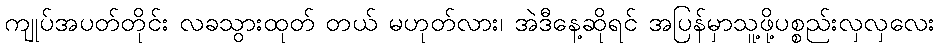
ကျုပ်အပတ်တိုင်း လခသွားထုတ် တယ် မဟုတ်လား၊ အဲဒီနေ့ဆိုရင် အပြန်မှာသူ့ဖို့ပစ္စည်းလှလှလေး